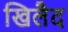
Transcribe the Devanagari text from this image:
खिलैद